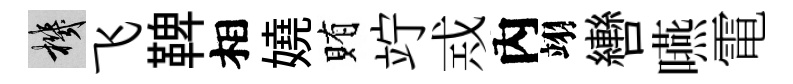
機飞鞞相嬈賄竚𢦶內翊轡嚥電